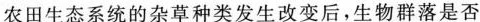
农田生态系统的杂草种类发生改变后，生物群落是否